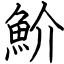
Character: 魪